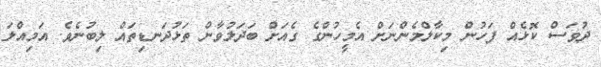
ދުވަސް ކޮޅެއް ފަހުން މިކާލްމެންނަށް އެމީހުންގެ ގެއަށް ބަދަލުވާން ތަޅުދަނޑިތައް ލިބުނެވެ. އަމިއްލަ